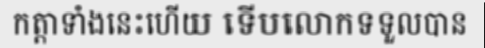
កត្តាទាំងនេះហើយ ទើបលោកទទួលបាន